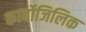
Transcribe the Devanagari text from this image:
कार्बोजिलिक